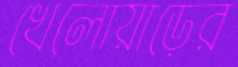
খেলোয়াড়ের